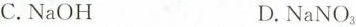
C.NaOH D.NaNO_{3}